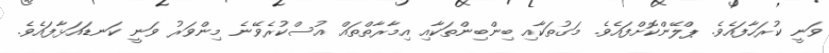
ވަނީ ކުރަހާފައެވެ. ޕްލޭންކޮށްފައެވެ. މަގުތަކާއި ބިންބިންތަކާއި އިމާރާތްތައް އުސްކުރެވޭނެ މިންވަރު ވަނީ ކަނޑައަޅާފައެވެ.